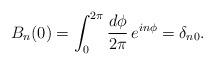
LaTeX: \begin{align*}B_n (0) = \int_0^{2 \pi} \frac{d \phi}{2 \pi} \, e^{in \phi} = \delta_{n0}.\end{align*}